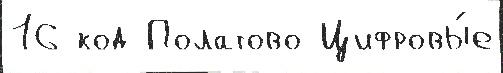
16 код Полатово Цифровы́е